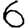
Digit: 6